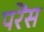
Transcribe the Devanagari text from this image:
परेंस